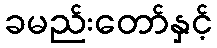
ခမည်းတော်နှင့်